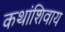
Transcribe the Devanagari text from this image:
कथांशिवाय